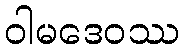
ဝါမဒေဝဿ